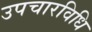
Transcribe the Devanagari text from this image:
उपचारविधि